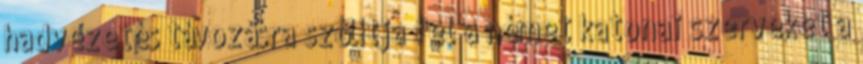
hadvezetés távozásra szólítja fel a német katonai szerveket a